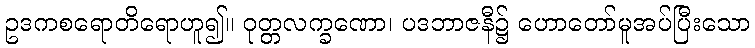
ဥဒကစရောတိရောဟူ၍။ ဝုတ္တလက္ခဏော၊ ပဒဘာဇနီ၌ ဟောတော်မူအပ်ပြီးသော